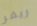
ريفر